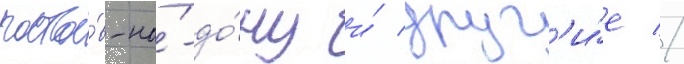
росто́в-на́-до́ну и́ друг'и́е //